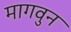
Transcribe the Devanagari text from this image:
मागवुन